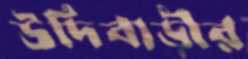
উদিবাড়ীর